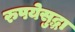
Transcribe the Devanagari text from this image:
रुपयेसुद्धा